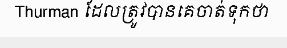
Thurman ដែលត្រូវបានគេចាត់ទុកថា